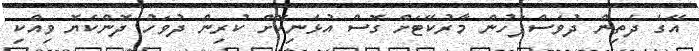
އޭގެ ދެތިން ދުވަސްފަހުން މާރުކޭޓަށް ގޮސް އުޅެނިކޮށް ކުރިން ދުވަހު ދޮންކެޔޮ ވިއްކި